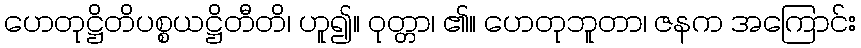
ဟေတုဋ္ဌိတိပစ္စယဋ္ဌိတီတိ၊ ဟူ၍။ ဝုတ္တာ၊ ၏။ ဟေတုဘူတာ၊ ဇနက အကြောင်း